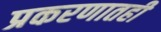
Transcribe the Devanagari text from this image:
प्रकरणातही